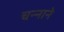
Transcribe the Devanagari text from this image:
चन्‍नाने